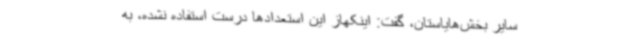
سایر بخش‌هایاستان، گفت: اینکهاز این استعدادها درست استفاده نشده، به